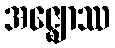
အဇ္ဈောဿ